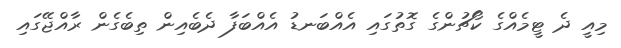
މިއީ ދެ ޓީމެއްގެ ކޯޗުންގެ ގޮތުގައި އެއްބަނޑު އެއްބަފާ ދެބެއިން ތިބެގެން ރާއްޖޭގައި